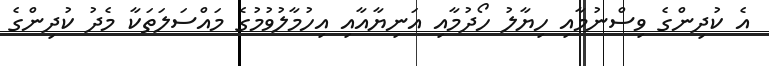
އެ ކުދިންގެ ވިސްނުމާއި ހިޔާލު ހޯދުމާއި އަނިޔާއާއި އިހުމާލުވުމުގެ މައްސަލަތަކާ މެދު ކުދިންގެ